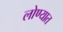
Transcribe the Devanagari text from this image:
लोण्यात